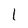
Character: l